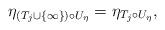
LaTeX: \begin{align*}\eta_{(T_j \cup \{\infty\})\circ U_{\eta}} = \eta_{T_j\circ U_\eta},\end{align*}